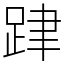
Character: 𨀞